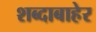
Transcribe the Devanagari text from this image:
शब्दाबाहेर